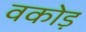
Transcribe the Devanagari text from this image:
वकोड़